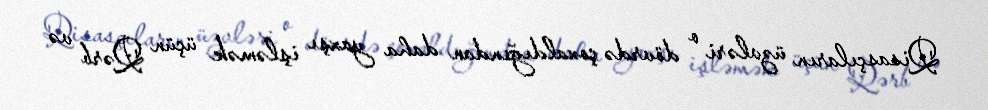
Qisasçıların üzvləri o dövrdə çoxaldığından daha yaxşı işləmək üçün Qərb və